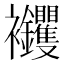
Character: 𧟝